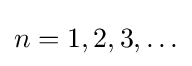
n=1,2,3,\ldots